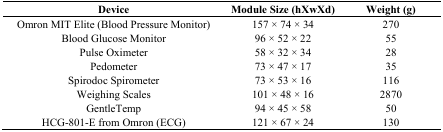
<table><thead><tr><td><b>Device</b></td><td><b>Module Size (hXwXd)</b></td><td><b>Weight (g)</b></td></tr></thead><tbody><tr><td>Omron MIT Elite (Blood Pressure Monitor)</td><td>157 × 74 × 34</td><td>270</td></tr><tr><td>Blood Glucose Monitor</td><td>96 × 52 × 22</td><td>55</td></tr><tr><td>Pulse Oximeter</td><td>58 × 32 × 34</td><td>28</td></tr><tr><td>Pedometer</td><td>73 × 47 × 17</td><td>35</td></tr><tr><td>Spirodoc Spirometer</td><td>73 × 53 × 16</td><td>116</td></tr><tr><td>Weighing Scales</td><td>101 × 48 × 16</td><td>2870</td></tr><tr><td>GentleTemp</td><td>94 × 45 × 58</td><td>50</td></tr><tr><td>HCG-801-E from Omron (ECG)</td><td>121 × 67 × 24</td><td>130</td></tr></tbody></table>